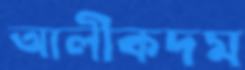
আলীকদম